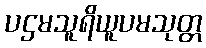
ပဌမသူရိယူပမသုတ္တ